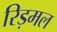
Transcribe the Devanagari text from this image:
रिड़मल